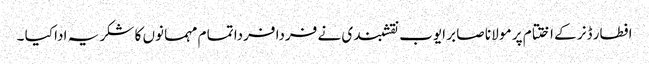
افطار ڈنر کے اختتام پر مو لا نا صا بر ایوب نقشبندی نے فردا فردا تما م مہما نوں کا شکر یہ ادا کیا ۔